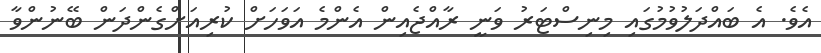
އެވެ. އެ ބައްދަލުވުމުގައި މިނިސްޓަރު ވަނީ ރާއްޖެއިން އެންމެ އަވަހަށް ކުރިއަށްގެންދަން ބޭނުންވާ